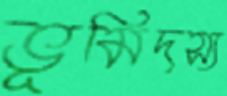
ভূমিদস্য